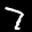
Digit: 7